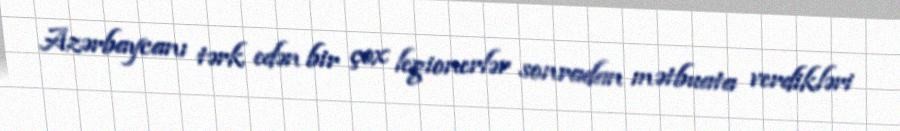
Azərbaycanı tərk edən bir çox legionerlər sonradan mətbuata verdikləri